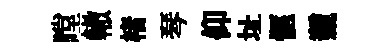
瞠轍楮琴仰址愜競